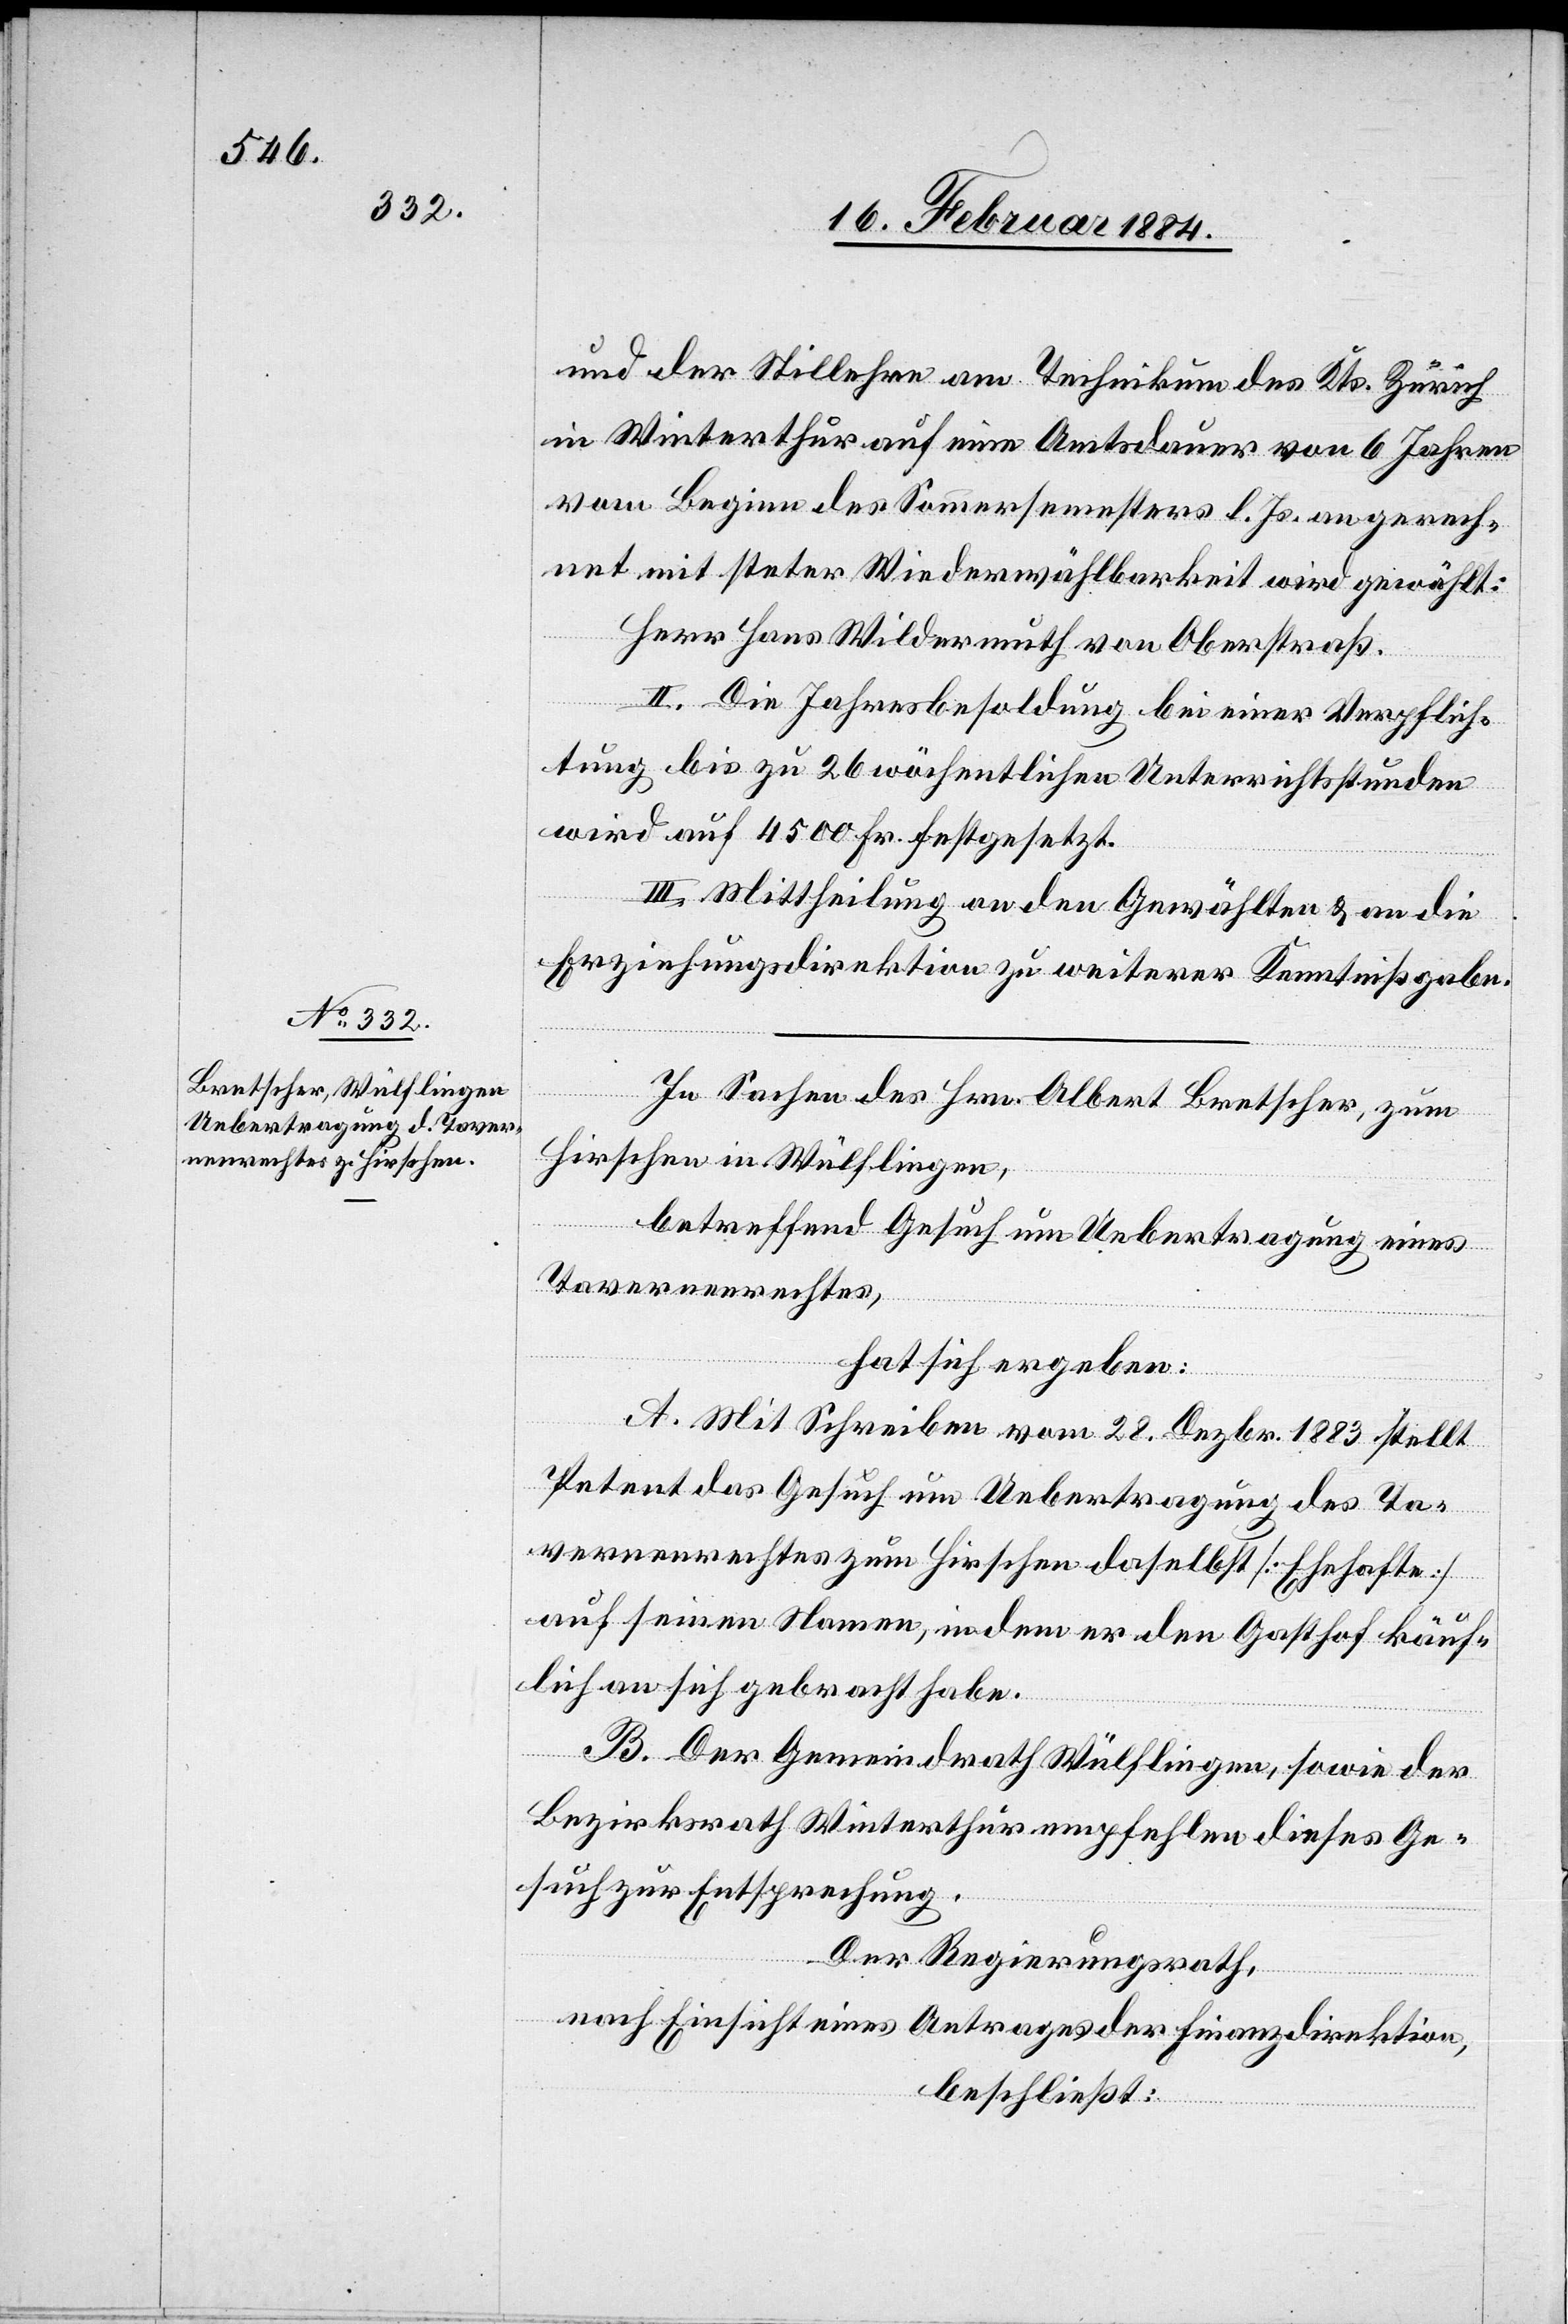
und der Stillehre am Technikum des Kts. Zürich
in Winterthur auf eine Amtsdauer von 6 Jahren
vom Beginn des Sommersemesters l. Js. angerech¬
net mit steter Wiederwählbarkeit wird gewählt:
Herr Hans Wildermuth von Oberstraß.
II. Die Jahresbesoldung bei einer Verpflich¬
tung bis zu 26 wöchentlichen Unterrichtsstunden
wird auf 4500 Fr. festgesetzt.
III. Mittheilung an den Gewählten & an die
Erziehungsdirektion zu weiterer Kenntnißgabe.
In Sachen des Hrn. Albert Bretscher, zum
Hirschen in Wülflingen,
betreffend Gesuch um Uebertragung eines
Tavernenrechtes,
hat sich ergeben:
A. Mit Schreiben vom 28. Dezbr. 1883 stellt
Petent das Gesuch um Uebertragung des Ta¬
vernenrechtes zum Hirschen daselbst [Ehehafte]
auf seinen Namen, indem er den Gasthof käuf¬
lich an sich gebracht habe.
B. Der Gemeindrath Wülflingen, sowie der
Bezirksrath Winterthur empfehlen dieses Ge¬
such zur Entsprechung.
Der Regierungsrath,
nach Einsicht eines Antrages der Finanzdirektion,
beschließt: